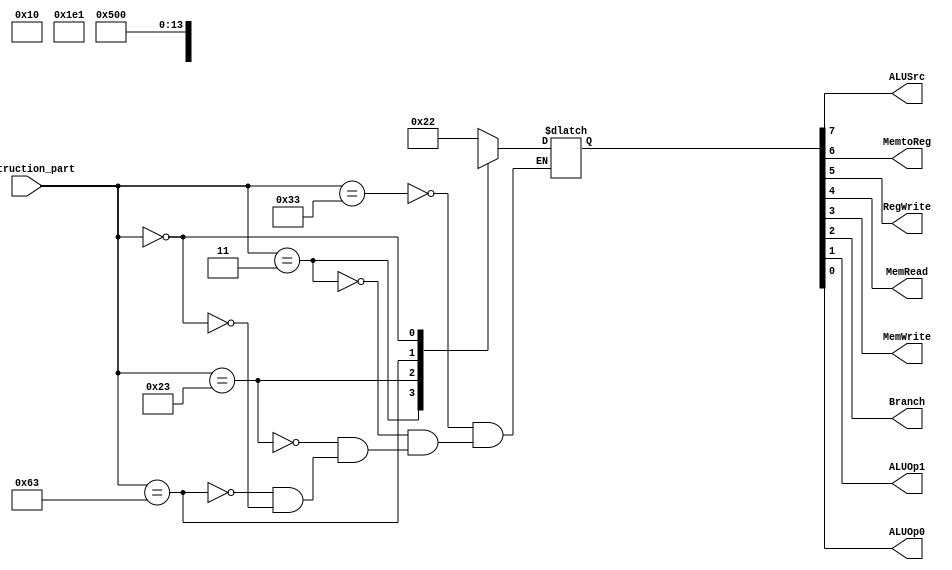
module control (instruction_part,ALUSrc, MemtoReg, RegWrite,MemRead, MemWrite, Branch, ALUOp1, ALUOp0);

    input [6:0] instruction_part;
    output ALUSrc, MemtoReg, RegWrite, MemRead, MemWrite, Branch, ALUOp1, ALUOp0;
    reg [7:0] value;

    assign { ALUSrc, MemtoReg, RegWrite, MemRead, MemWrite, Branch, ALUOp1, ALUOp0} = value;
     

    always @ (instruction_part) begin
    
        casex(instruction_part)
            7'b0110011: value = 8'b00100010;
            7'b0000011: value = 8'b11110000;
            7'b0100011: value = 8'b1x001000;
            7'b1100011: value = 8'b0x000101;
            7'b0: value = 8'b0;
        endcase

    end

endmodule